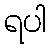
ရပါ